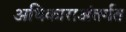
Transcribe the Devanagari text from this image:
अधिकाराअंतर्गत